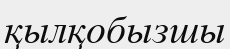
қылқобызшы